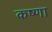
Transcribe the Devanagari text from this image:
कष्णा